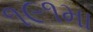
૧૯૧મા